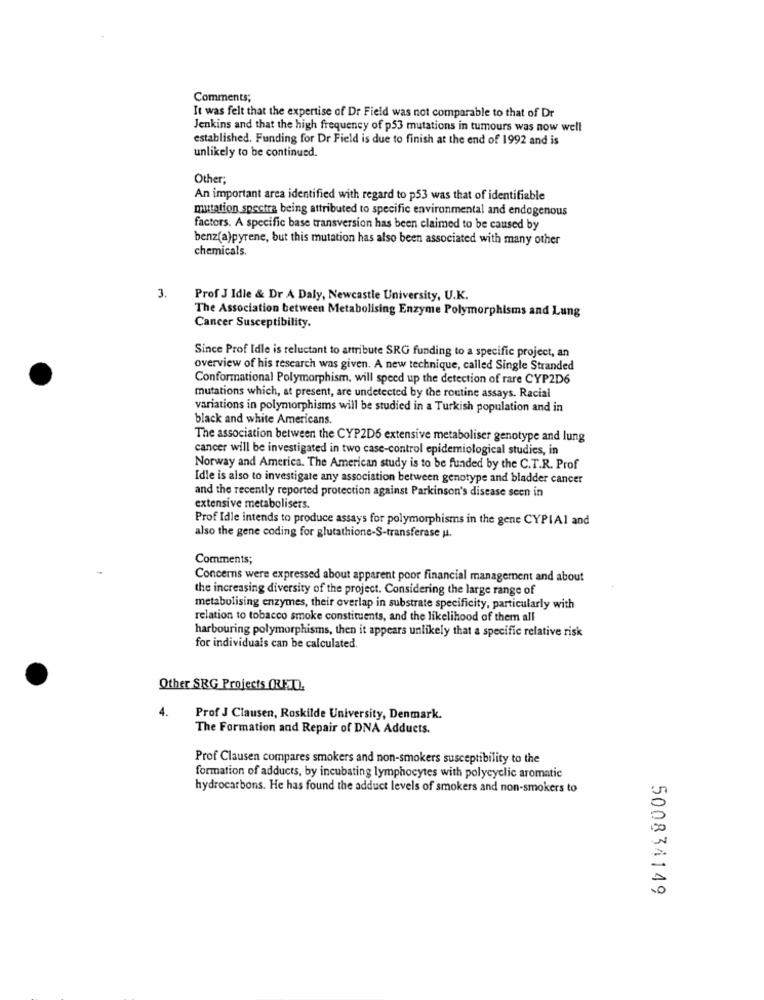
Comments;
It was felt that the expertise of Dr Field was not comparable to that of Dr
Jenkins and that the high frequency of p53 mutations in tumours was now well
established. Funding for Dr Field is due to finish at the end of 1992 and is
unlikely to be continued.
Other;
An important area identified with regard to p53 was that of identifiable
mutation spectra being attributed to specific environmental and endogenous
factors. A specific base transversion has been claimed to be caused by
benz(a)pyrene, but this mutation has also been associated with many other
chemicals.
3.
Prof J Idle & Dr A Daly, Newcastle University, U.K.
The Association between Metabolising Enzyme Polymorphisms and Lung
Cancer Susceptibility.
Since Prof Idle is reluctant to attribute SRG funding to a specific project, an
overview of his research was given. A new technique, called Single Stranded
Conformational Polymorphism, will speed up the detection of rare CYP2D6
mutations which, at present, are undetected by the routine assays. Racial
variations in polymorphisms will be studied in a Turkish population and in
black and white Americans.
The association between the CYP2D6 extensive metaboliser genotype and lung
cancer will be investigated in two case-control epidemiological studies, in
Norway and America. The American study is to be funded by the C.T.R. Prof
Idle is also to investigate any association between genotype and bladder cancer
and the recently reported protection against Parkinson's disease seen in
extensive metabolisers.
Prof Idle intends to produce assays for polymorphisms in the gene CYPIAI and
also the gene coding for glutathione-S-transferase u.
Comments;
Concerns were expressed about apparent poor financial management and about
the increasing diversity of the project. Considering the large range of
metabolising enzymes, their overlap in substrate specificity, particularly with
relation to tobacco smoke constituents, and the likelihood of them all
harbouring polymorphisms, then it appears unlikely that a specific relative risk
for individuals can be calculated.
Other SRG Projects (RED).
4.
Prof J Clausen, Roskilde University, Denmark.
The Formation and Repair of DNA Adducts.
Prof Clausen compares smokers and non-smokers susceptibility to the
formation of adducts, by incubating lymphocytes with polycyclic aromatic
hydrocarbons. He has found the adduct levels of smokers and non-smokers to
500834149